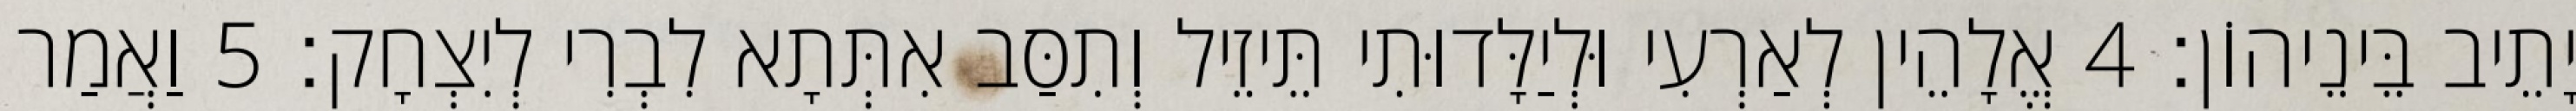
יָתֵיב בֵּינֵיהוֹן׃ 4 אֱלָהֵין לְאַרְעִי וּלְיַלָּדוּתִי תֵּיזֵיל וְתִסַּב אִתְּתָא לִבְרִי לְיִצְחָק׃ 5 וַאֲמַר